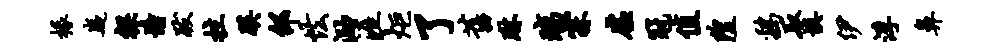
椽嶷裸憧跋拄蹊邵怯泐涯炬了旧琳璃霖虚冠值隍鸡取填伊浮鼻